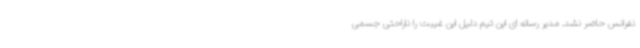
نفرانس حاضر نشد. مدیر رسانه ای این تیم دلیل این غیبت را ناراحتی جسمی